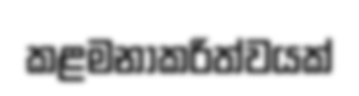
කළමනාකරිත්වයක්